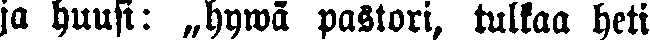
ja huusi: „hywä pastori, tulkaa heti